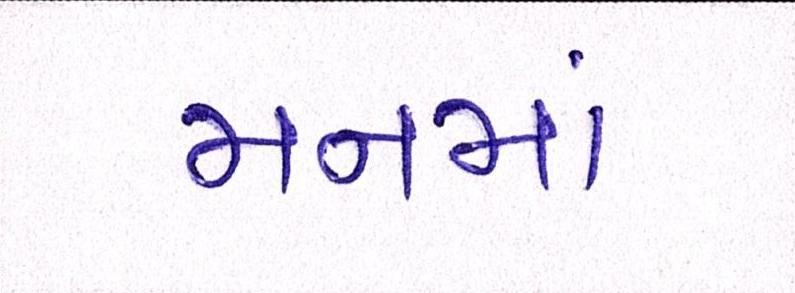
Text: મનમાં